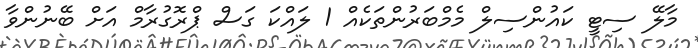
މާލޭ ސިޓީ ކައުންސިލް މެމްބަރުންތަކެއް 1 ލައްކަ ގަސް ޕްރޮގުރާމް އަށް ބޭނުންވާ